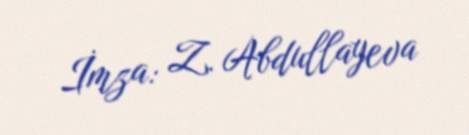
İmza: Z. Abdullayeva